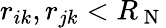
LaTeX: r_{ik},r_{jk}<R_{\mathrm{~N~}}